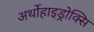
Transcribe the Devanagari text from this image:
अर्थोहाइड्रोक्सि